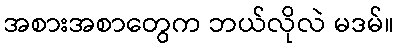
အစားအစာတွေက ဘယ်လိုလဲ မဒမ်။